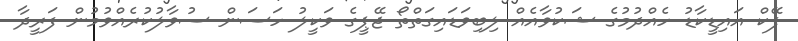
ފޭކް އައިޑީކާޑު ހެއްދުމުގެ ޝަކުވާއެއް ލިބިވަޑައިގަތްތޯ ޖޭޕީގެ ވަކީލު ހަސަން ސުވާލުކުރެއްވުމުން ފަރީދާ